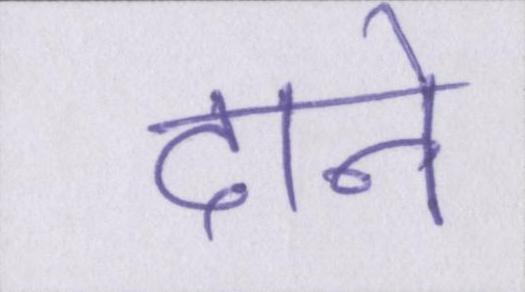
दाने